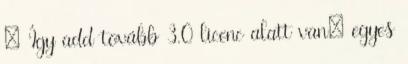
– Így add tovább 3.0 licenc alatt van; egyes